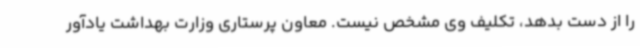
را از دست بدهد، تکلیف وی مشخص نیست. معاون پرستاری وزارت بهداشت یادآور